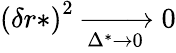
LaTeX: \left(\delta r*\right)^{2}\xrightarrow[\Delta^{*}\to 0]{}0